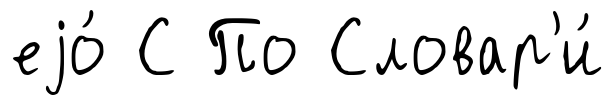
еjо́ С По Словар'и́